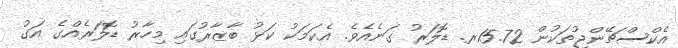
އެކްސްޗޭންޖުތަކުން 15.72ރ. ޑޮލަރު ގަނެއެވެ. އެކަމަކު ކަޅު ބާޒާރުގައި މިހާރު ޑޮލަރެއްގެ އަގު